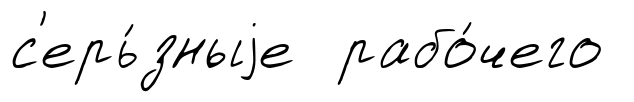
с'ерь́зныjе рабо́чего